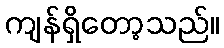
ကျန်ရှိတော့သည်။